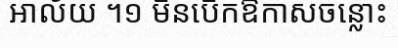
អាល័យ ។១ មិនបើកឱកាសចន្លោះ